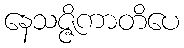
နေသဇ္ဇိကာတိပေ